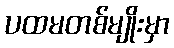
ပထမတစ်မျိုးမှာ